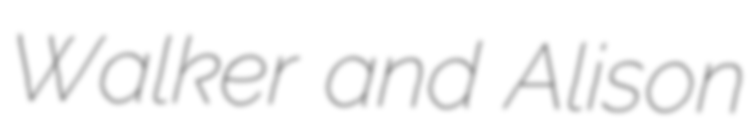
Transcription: Walker and Alison